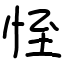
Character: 恎